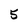
Character: 5